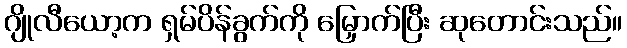
ဂျိုလီယော့က ရှမ်ပိန်ခွက်ကို မြှောက်ပြီး ဆုတောင်းသည်။